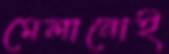
মেলানোই